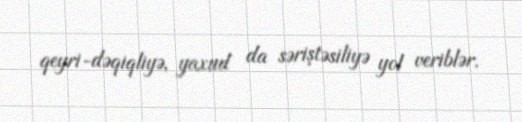
qeyri-dəqiqliyə, yaxud da səriştəsiliyə yol veriblər.